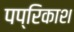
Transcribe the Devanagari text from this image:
पप्रिकाश